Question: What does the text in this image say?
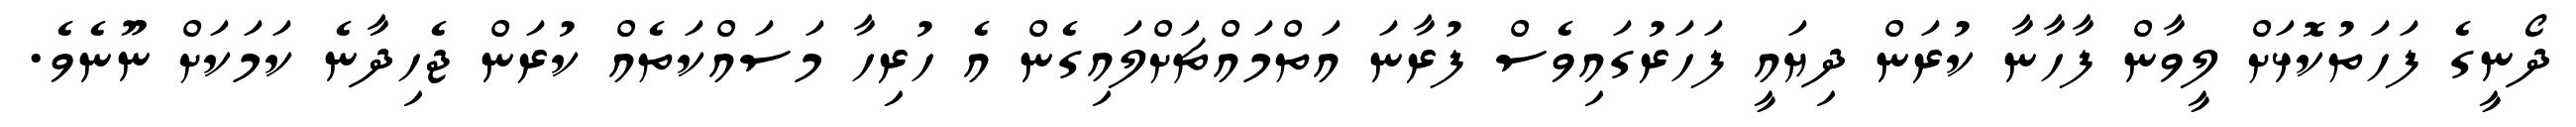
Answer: ދޯނީގެ ފަހަތުކޮޅަށް ލީވާން ފާހާނާ ކުރަން ދިޔައީ ފަހަރުގައިވެސް ފުރާނަ އަތްމައްޗަށްލައިގެން އެ ހުރިހާ މަސައްކަތެއް ކުރަން ޖެހިދާނެ ކަމަކަށް ނޫނެވެ.